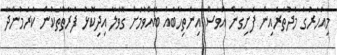
މިއަހަރުގެ މެދުތެރެއިން ފެށިގެން އަވަސް އިންތިހާބެއް ބޭއްވުމަށް ގޮވާލާ އިދިކޮޅު ފަރާތްތަކުން ކުރަމުންދާ